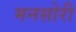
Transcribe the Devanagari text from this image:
मनसोरी